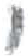
אות: י